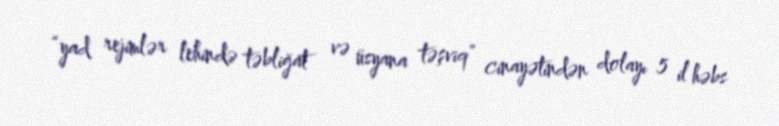
“yad rejimlər lehində təbliğat və üsyana təşviq” cinayətindən dolayı 5 il həbs